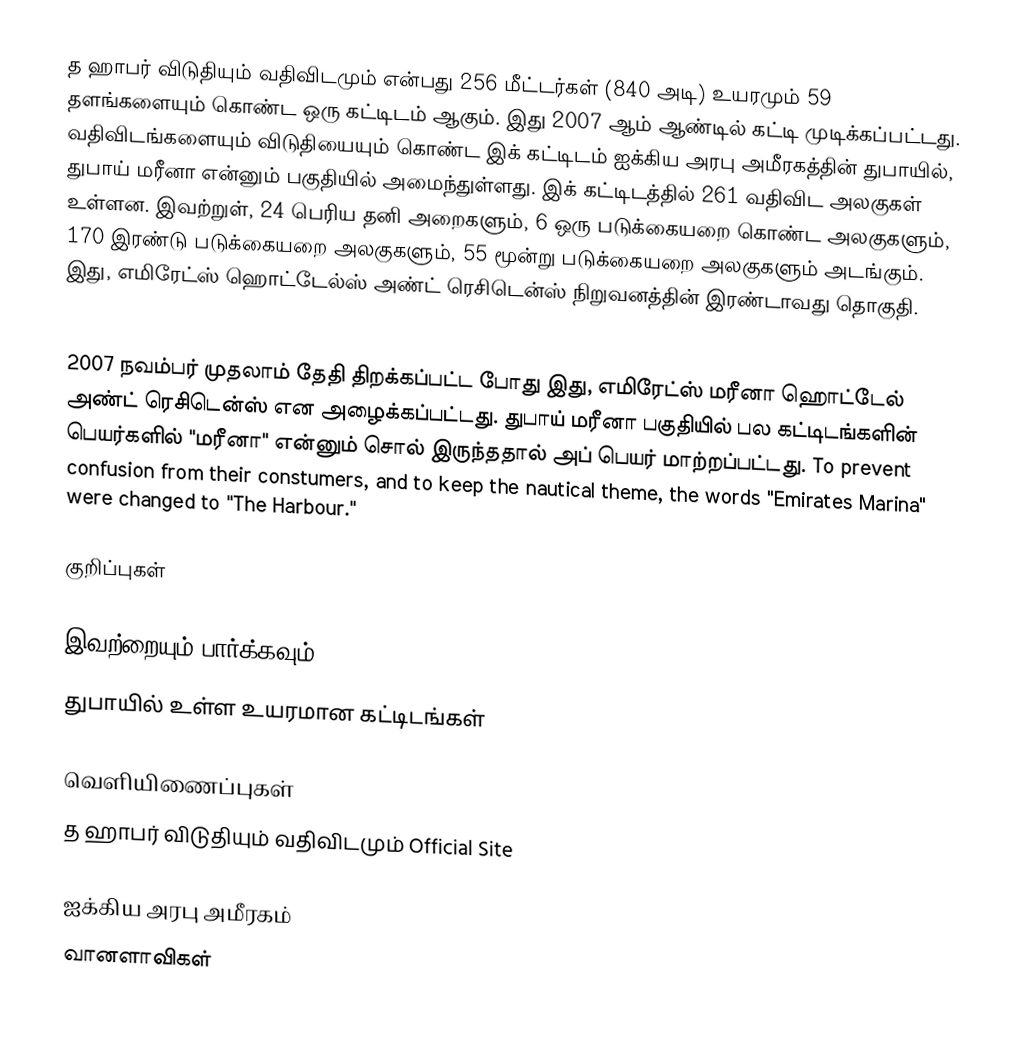
த ஹாபர் விடுதியும் வதிவிடமும் என்பது 256 மீட்டர்கள் (840 அடி) உயரமும் 59 தளங்களையும் கொண்ட ஒரு கட்டிடம் ஆகும். இது 2007 ஆம் ஆண்டில் கட்டி முடிக்கப்பட்டது. வதிவிடங்களையும் விடுதியையும் கொண்ட இக் கட்டிடம் ஐக்கிய அரபு அமீரகத்தின் துபாயில், துபாய் மரீனா என்னும் பகுதியில் அமைந்துள்ளது. இக் கட்டிடத்தில் 261 வதிவிட அலகுகள் உள்ளன. இவற்றுள், 24 பெரிய தனி அறைகளும், 6 ஒரு படுக்கையறை கொண்ட அலகுகளும், 170 இரண்டு படுக்கையறை அலகுகளும், 55 மூன்று படுக்கையறை அலகுகளும் அடங்கும். இது, எமிரேட்ஸ் ஹொட்டேல்ஸ் அண்ட் ரெசிடென்ஸ் நிறுவனத்தின் இரண்டாவது தொகுதி.

2007 நவம்பர் முதலாம் தேதி திறக்கப்பட்ட போது இது, எமிரேட்ஸ் மரீனா ஹொட்டேல் அண்ட் ரெசிடென்ஸ் என அழைக்கப்பட்டது. துபாய் மரீனா பகுதியில் பல கட்டிடங்களின் பெயர்களில் "மரீனா" என்னும் சொல் இருந்ததால் அப் பெயர் மாற்றப்பட்டது. To prevent confusion from their constumers, and to keep the nautical theme, the words "Emirates Marina" were changed to "The Harbour."

குறிப்புகள்

இவற்றையும் பார்க்கவும்
 துபாயில் உள்ள உயரமான கட்டிடங்கள்

வெளியிணைப்புகள்
த ஹாபர் விடுதியும் வதிவிடமும் Official Site

ஐக்கிய அரபு அமீரகம்
வானளாவிகள்